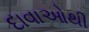
દાવાઓથી